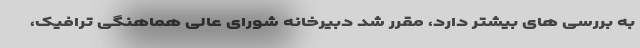
به بررسی های بیشتر دارد، مقرر شد دبیرخانه شورای عالی هماهنگی ترافیک،